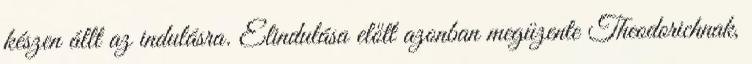
készen állt az indulásra. Elindulása előtt azonban megüzente Theodorichnak,